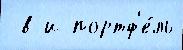
 в и портф'е́ль